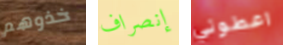
خذوهم إنصراف اعطوني